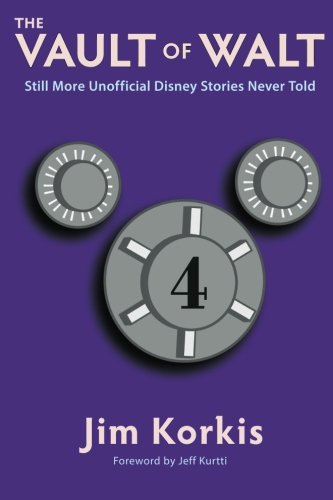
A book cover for The Vault of Walt: Volume 4: Still More Unofficial Disney Stories Never Told; Jim Korkis; Travel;